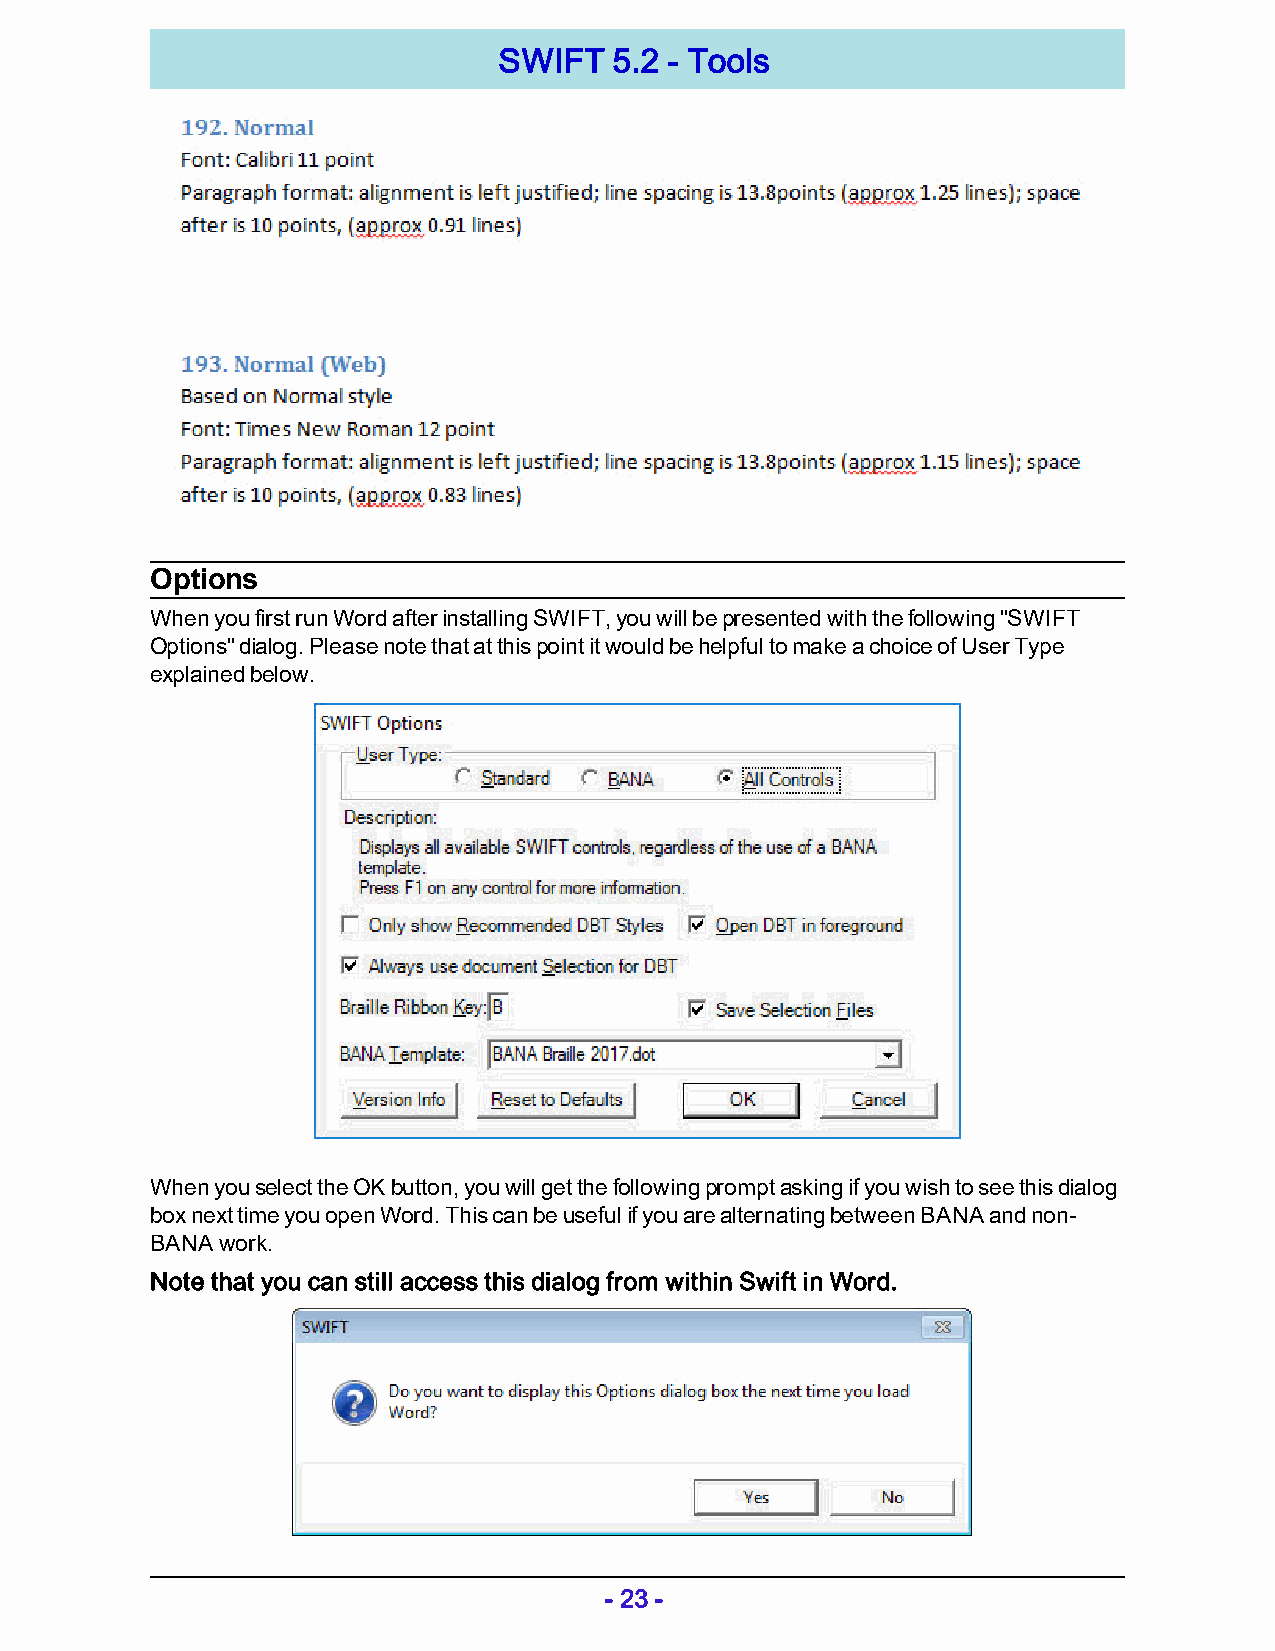
SWIFT   5.2 - Tools
 Options
 When you first run Word after installing SWIFT, you will be presented with the following "SWIFT
 Options" dialog. Please note that at this point it would be helpful to make a choice of User Type
 explained below.
 When you select the OK button, you will get the following prompt asking if you wish to see this dialog
 box next time you open Word. This can be useful if you are alternating between BANA and non-
 BANA work.
 Note that you can still access this dialog from within Swift in Word.
 - 23 -